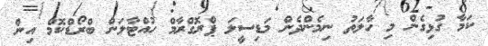
ކަމާ ގުޅިގެން މި ހާލަތު ނިމެންދެން މަޑިސީލަ ޕްރޮގްރާމް ހުއްޓާލަން ބްރޯޑްކޮމް އިން